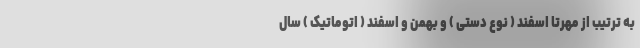
به ترتیب از مهرتا اسفند ( نوع دستی ) و بهمن و اسفند ( اتوماتیک ) سال